Report on sanitation, dispensaries, and jails in Rajputana for 1910, and on vaccination for the year 1910-1911 - 1910-1911
Year: 1910
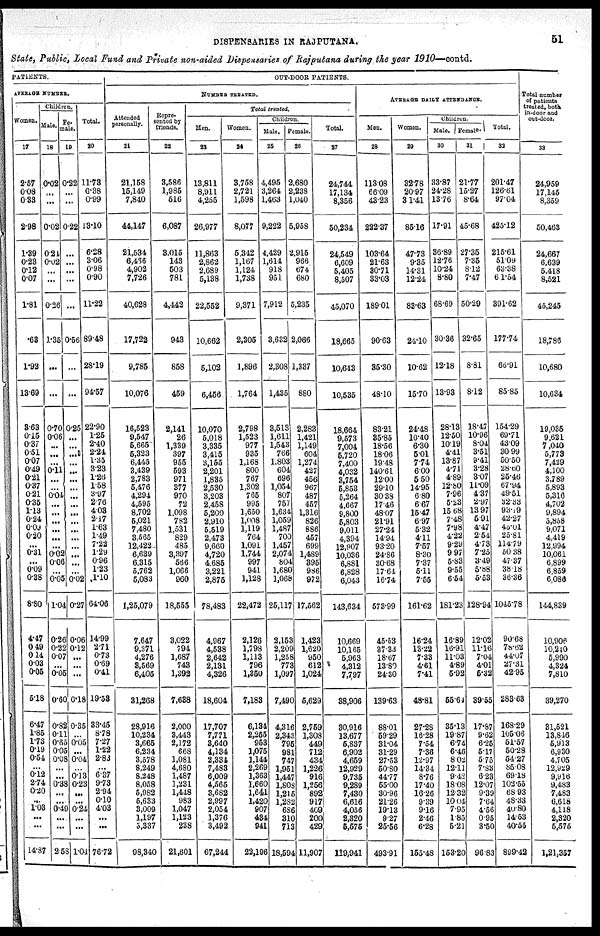
DISPENSARIES IN RAJPUTANA.
51
State, Public, Local Fund and Private non-aided Dispensaries of Rajputana during the year
1910—contd.
PATIENTS.
AVERAGE NUMBER.
Women.
17
2.57
0.08
0.33
2.98
1.39
0.23
0.12
0.07
1.81
.63
1.92
13.69
3.63
0.15
0.37
0.51
0.07
0.49
0.21
0.37
0.21
0.35
1.13
0.24
0.09
0.20
... 0.31
...
0.09
0.38
8.80
4.47
0.49
0.14
0.03
0.05
5.18
6.47
1.85
1.73
0.19
0.54
...
0.12
2.74
0.20
...
1.03
...
...
14.87
Children.
Male.
18
0.02
...
...
0.02
0.21
0.02
...
...
0.26
1.35
...
...
0.70
0.06
...
...
... 0.11
...
...
0.04
... ...
...
...
...
...
0.02
0.06
...
0.05
1.04
0.26
0.22
0.07
...
0.05
0.60
0.82
0.11 0.65
0.05 0.08
...
... 0.38
...
... 0.49
...
...
2.58
Fe-
male.
19
0.22
...
...
0.22
...
...
...
...
...
0.56
...
...
0.25
...
...
...
...
...
...
...
...
...
...
...
...
...
...
...
...
...
0.02
0.27
0.06
0.12
...
...
...
0.18
0.35
... 0.05
... 0.04
...
0.13 0.23
...
... 0.24
...
...
1.04
Total.
20
11.73
0.38
0.99
13.10
6.28
3.06
0.98
0.90
11.22
89.48
28.19
94.57
22.90
1.25
2.40
2. 24
1.35
3.23
1.26
1.58
3.97
2.76
4.03
2.17 1.63
1.49
7.22 1.29
0.96
1.23
1.10
64.06
14.99
2.71
0.73
0.69
0.41
19.53
33.45
8.78
7.27
1.22 2.83
...
6.37
9.73
2.94
0.10 4.03
...
...
76.72
OUT-DOOR PATIENTS.
NUMBER TREATED.
Attended
personally.
21
21,158
15,149
7,840
44,147
21,534
6,466
4,902
7,726
40,628
17,722
9,785
10,076
16,523
9,547
5,665
5,323
6,445
3,439
2,783
5,476
4,294
4,595
8,702
5,021
7,480
3,565
12,422
6,639
6,315
5,762
5,083
1,25,079
7,647
9,371
4,276
3,569
6,405
31,268
28,916
10,234
3,665
6,234
3,578
8,249
8,248
8,058
5,982
5,633
3,009
1,197
5,337
98,340
Repre-
sented by
friends.
22
3,586
1,985
516
6,087
3,015
143
503
781
4,442
943
858
459
2,141
26
1,339
397
955
593
971
377
970
72
1,098
782
1,531
829
485
3,397
566
1,066
960
18,555
3,022
794
1,687
743
1,392
7,638
2,000
3,443
2,172
668
1,081
4,680
1,487
1,231
1,448
983
1,047
1,123
238
21,601
Total treated.
Men.
23
13,811
8,911
4,255
26,977
11,863
2,862
2,689
5,138
22,552
10,662
5,102
6,456
10,070
5,018
3,335
3,415
3,155
2,201
1,835
2,530
3,203
2,458
5,200
2,910
5,519
2,473
9,660
4,720
4,685
3,221
2,875
78,483
4,967
4,538
2,642
2,131
4,326
18,604
17,707
7,771
3,640
4,134
2,334
7,483
6,009
4,565
3,682
2,997
2,054
1,376
3,492
67,244
Women.
24
3,758
2,721
1,598
8,077
5,342
1,167
1,124
1,738
9,371
2,305
1,896
1,764
2,798
1,523
977
935
1,168
800
767
1,302
765
995
1,650
1,008
1,119
764
1,091
1,744
997
941
1,128
22,472
2,126
1,798
1,113
796
1,350
7,183
6,134
2,255
953
1,075
1,144
2,269
1,363
1,660
1,641
1,420
907
434
941
22,196
Children.
Male.
25
4,495
3,264
1,463
9,222
4,429
1,614
918
951
7,912
3,632
2,308
1,435
3,513
1,611
1,543
766
1,803
604
696
1,054
807
757
1,634
1,059
1,487
700
1,457
2,074
804
1,680
1,068
25,117
2,153
2,209
1,258
773
1,097
7,490
4,316
2,343
795
981
747
1,951
1,447
1,808
1,215
1,282
686
310
713
18,594
Female.
26
2,680
2,238
1,040
5,958
2,915
966
674
680
5,235
2,066
1,337
880
2,283
1,421
1,149
604
1,274
427
456
967
487
457
1,316
826
886
457
699
1,489
395
986
972
17,562
1,423
1,620
950
612
1,024
5,629
2,759
1,308
449
712
434
1,226
916
1,256
892
917
409
200
429
11,907
Total.
27
24,744
17,134
8,356
50,234
24,549
6,609
5,405
8,507
45,070
18,665
10,643
10,535
18,664
9,573
7,004
5,720
7,400
4,032
3,754
5,853
5,264
4,667
9,800
5,803
9,011
4,394
12,907
10,036
6,881
6,828
6,043
143,634
10,669
10,165
5,963
4,312
7,797
38,906
30,916
13,677
5,837
6,902
4,659
12,929
9,735
9,289
7,430
6,616
4,056
2,320
5,575
119,941
AVERAGE DAILY ATTENDANCE.
Men.
28
113.08
66.09
43.23
222.37
103.64
21.63
30.71
33.03
189.01
90.63
35.30
48.10
83.21
35.85
18.56
18.06
19.48
140.61
12.00
29.10
30.38
17.46
48.07
21.91
27.24
14.94
93.20
24.86
30.68
17.64
16.74
573.99
45.53
37.33
18.67
13.80
24.30
139.63
88.01
59.29
31.04
31.29
27.53
50.80
44.77
55.00
30.96
21.26
19.13
9.27
25.56
493.91
Women.
29
32.78
20.97
31.41
85.16
47.73
9.35
14.31
12.24
83.63
24.10
10.62
15.70
24.48
10.40
6.30
5.01
7.74
6.00
5.50
14.95
6.80
6.67
15.47
6.97
5.32
4.11
7.57
8.30
7.37
5.11
7.55
161.62
16.24
13.22
7.33
4.61
7.41
48.81
27.28
16.28
7.54
7.38
12.97
14.34
8.76
17.40
16.26
9.39
9.16
2.46
6.28
155.48
Children.
Male.
30
33.87
24.28
13.76
17.91
36.89
12.76
10.24
8.80
68.69
30.36
12.18
13.93
28.13
12.50
10.19
4.41
13.87
4.71
4.89
12.80
7.96
5.23
15.68
7.48
7.98
4.22
9.29
9.97
5.83
9.55
6.54
181.23
16.89
16.91
11.03
4.89
5.92
55.64
35.13
19.87
6.74
6.46
8.02
12.11
9.42
18.08
12.32
10.04
7.95
1.85
5.21
153.20
Female.
31
21.77
15.27
8.64
45.68
27.35
7.35
8.12
7.47
50.29
32.65
8.81
8.12
18.47
10.96
8.04
3.51
9.41
3.28
3.07
11.09
4.37
2.97
13.97
5.91
4.47
2.54
4.73
7.25
3.49
5.88
5.53
128.94
12.02
11.16
7.04
4.01
5.32
39.55
17.87
9.62
6.25
5.17
5.75
7.83
6.23
12.07
9.39
7.64
4.56
0.95
3.50
96.83
Total.
32
201.47
126.61
97.04
425.12
215.61
51.09
63.38
61.54
391.62
177.74
66.91
85.85
154.29
69.71
43.09
30.99
50.50
28.60
25.46
67.94
49.51
32.33
93.19
42.27
43.01
25.81
114.79
50.38
47.37
38.18
36.36
1045.78
90.68
78.62
44.07
27.31
42.95
283.63
168.29
105.06
51.57
50.28
54.27
85.08
69.18
102.55
68.93
48.33
40.80
14.53
40.55
899.42
Total number
of patients
treated, both
in-door and
out-door.
33
24,959
17,145
8,359
50,463
24,667
6,639
5,418
8,521
45,245
18,786
10,680
10,634
19,035
9,621
7,040
5,773
7,429
4,100
3,789
5,893
5,316
4,702
9,894
5,858
9,071
4,419
12,994
10,061
6,899
6,859
6,086
144,839
10,906
10,210
5,990
4,324
7,810
39,270
31,521
13,846
5,913
6,930
4,705
12,929
9,916
9,483
7,483
6,618
4,118
2,320
5,575
1,21,357